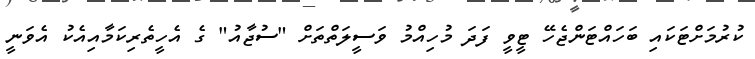
ކުރުމަށްޓަކައި ބަހައްޓަންޖެހޭ ޓީވީ ފަދަ މުހިއްމު ވަސީލަތްތަށް "ސުޖާއު" ގެ އެހީތެރިކަމާއިއެކު އެވަނީ